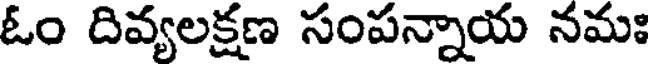
ఓం దివ్యలక్షణ సంపన్నాయ నమః